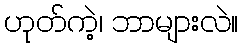
ဟုတ်ကဲ့၊ ဘာများလဲ။